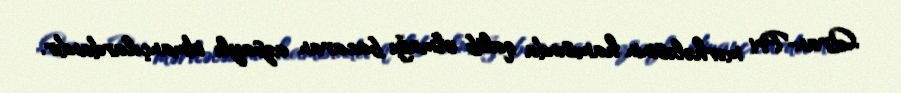
Qran-Pri mərhələsinin hamısında qalib olmağı bacaran azsaylı idmançılardandır.